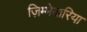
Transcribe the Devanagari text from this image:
ज़िम्मेदारिया